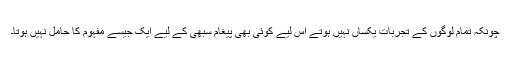
چونکہ تمام لوگوں کے تجربات یکساں نہیں ہوتے اس لیے کوئی بھی پیغام سبھی کے لیے ایک جیسے مفہوم کا حامل نہیں ہوتا۔